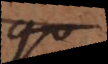
qu